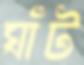
ঘাঁট